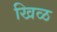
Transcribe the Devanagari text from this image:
खिळ